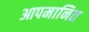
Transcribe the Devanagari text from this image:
आपमानित